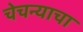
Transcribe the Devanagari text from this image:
चेचन्याचा